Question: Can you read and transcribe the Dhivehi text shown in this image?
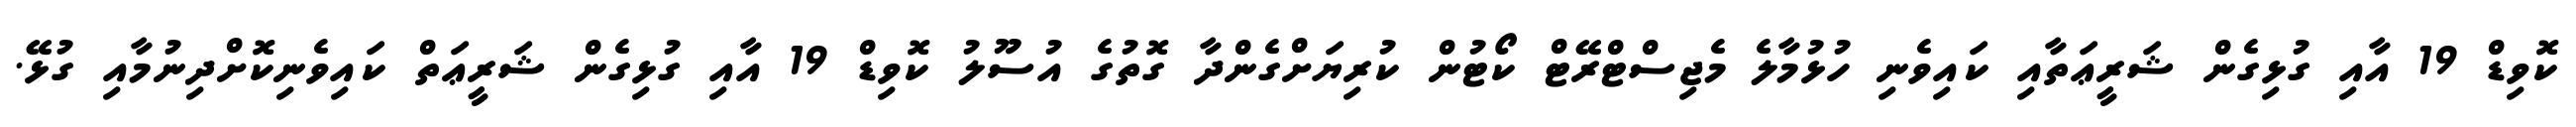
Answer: ކޮވިޑް 19 އާއި ގުޅިގެން ޝަރީޢަތާއި ކައިވެނި ހުޅުމާލެ މެޖިސްޓްރޭޓް ކޯޓުން ކުރިޔަށްގެންދާ ގޮތުގެ އުސޫލު ކޮވިޑް 19 އާއި ގުޅިގެން ޝަރީޢަތް ކައިވެނިކޮށްދިނުމާއި ގުޅޭ.